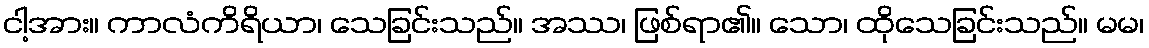
ငါ့အား။ ကာလံကိရိယာ၊ သေခြင်းသည်။ အဿ၊ ဖြစ်ရာ၏။ သော၊ ထိုသေခြင်းသည်။ မမ၊